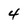
Character: 4